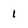
Character: 1